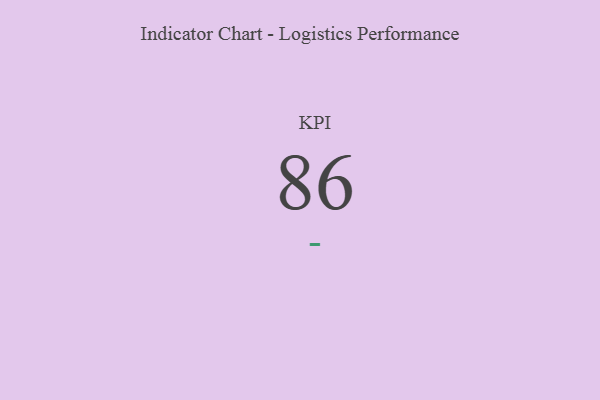
{"axis": {"x": "KPI", "y": "Value"}, "legend": [""], "data": [{"x": "KPI", "y": 86, "type": ""}]}